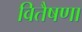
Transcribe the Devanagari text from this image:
वितैषणा